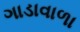
ગાડાવાળા